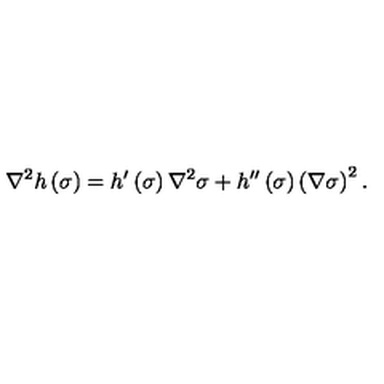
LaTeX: \nabla ^ { 2 } h \left( \sigma \right) = h ^ { \prime } \left( \sigma \right) \nabla ^ { 2 } \sigma + h ^ { \prime \prime } \left( \sigma \right) \left( \nabla \sigma \right) ^ { 2 } .